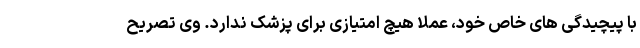
با پیچیدگی های خاص خود، عملا هیچ امتیازی برای پزشک ندارد. وی تصریح